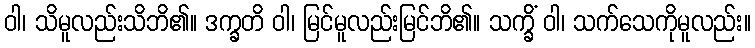
ဝါ၊ သိမူလည်းသိဘိ၏။ ဒက္ခတိ ဝါ၊ မြင်မူလည်းမြင်ဘိ၏။ သက္ခိံ ဝါ၊ သက်သေကိုမူလည်း။